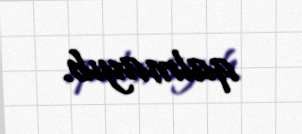
qalmayıb.